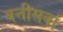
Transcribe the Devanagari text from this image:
बत्तीसवां